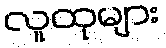
လူထုများ